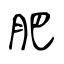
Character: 肥